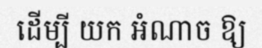
ដើម្បី យក អំណាច ឱ្យ